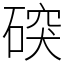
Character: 䃐